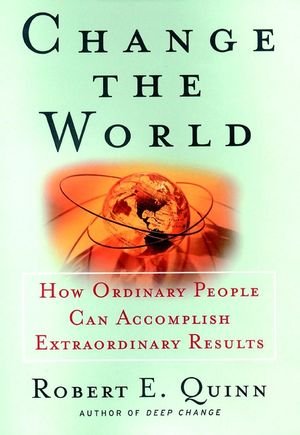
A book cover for Change the World : How Ordinary People Can Achieve Extraordinary Results; Robert E. Quinn; Business & Money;